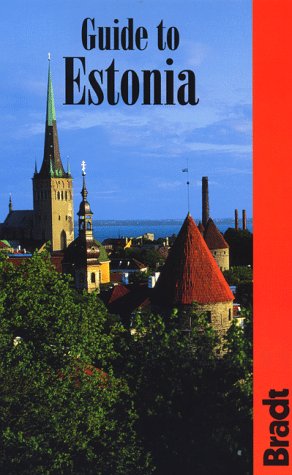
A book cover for Guide to Estonia (Bradt Guides); Ilvi Joe Cannon; Travel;